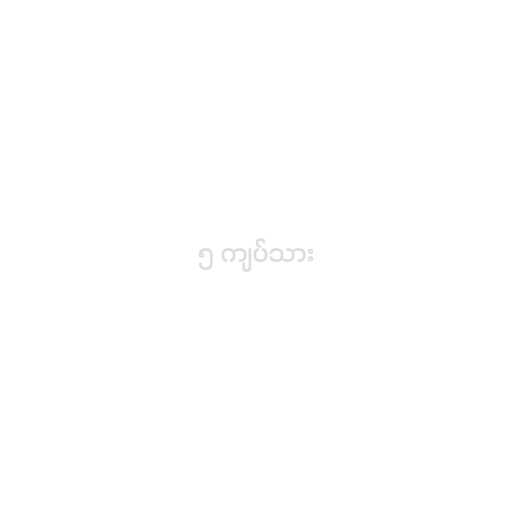
၅ ကျပ်သား